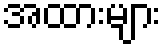
အထားများ